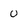
Character: 0